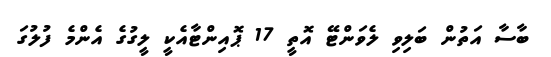
ބާސާ އަތުން ބަލިވި ލެވަންޓޭ އޮތީ 17 ޕޮއިންޓާއެކީ ލީގުގެ އެންމެ ފުލުގަ